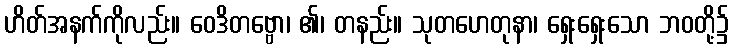
ဟိတ်အနက်ကိုလည်း။ ဝေဒိတဗ္ဗော၊ ၏၊ တနည်း။ သုတဟေတုနာ၊ ရှေးရှေးသော ဘဝတို့၌